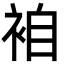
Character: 𮕼